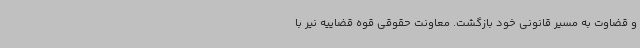
و قضاوت به مسیر قانونی خود بازگشت. معاونت حقوقی قوه قضاییه نیر با